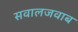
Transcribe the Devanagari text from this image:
सवालजवाब